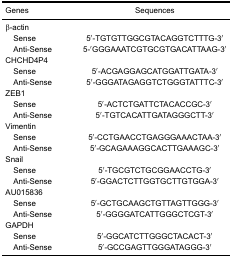
<table><thead><tr><td><b>Genes</b></td><td><b>Sequences</b></td></tr></thead><tbody><tr><td colspan="2">β-actin</td></tr><tr><td>Sense</td><td>5′-TGTGTTGGCGTACAGGTCTTTG-3′</td></tr><tr><td>Anti-Sense</td><td>5-′GGGAAATCGTGCGTGACATTAAG-3′</td></tr><tr><td colspan="2">CHCHD4P4</td></tr><tr><td>Sense</td><td>5′-ACGAGGAGCATGGATTGATA-3′</td></tr><tr><td>Anti-Sense</td><td>5′-GGGATAGAGGTCTGGGTATTTC-3′</td></tr><tr><td colspan="2">ZEB1</td></tr><tr><td>Sense</td><td>5′-ACTCTGATTCTACACCGC-3′</td></tr><tr><td>Anti-Sense</td><td>5′-TGTCACATTGATAGGGCTT-3′</td></tr><tr><td colspan="2">Vimentin</td></tr><tr><td>Sense</td><td>5′-CCTGAACCTGAGGGAAACTAA-3′</td></tr><tr><td>Anti-Sense</td><td>5′-GCAGAAAGGCACTTGAAAGC-3′</td></tr><tr><td colspan="2">Snail</td></tr><tr><td>Sense</td><td>5′-TGCGTCTGCGGAACCTG-3′</td></tr><tr><td>Anti-Sense</td><td>5′-GGACTCTTGGTGCTTGTGGA-3′</td></tr><tr><td colspan="2">AU015836</td></tr><tr><td>Sense</td><td>5′-GCTGCAAGCTGTTAGTTGGG-3′</td></tr><tr><td>Anti-Sense</td><td>5′-GGGGATCATTGGGCTCGT-3′</td></tr><tr><td colspan="2">GAPDH</td></tr><tr><td>Sense</td><td>5′-GGCATCTTGGGCTACACT-3′</td></tr><tr><td>Anti-Sense</td><td>5′-GCCGAGTTGGGATAGGG-3′</td></tr></tbody></table>